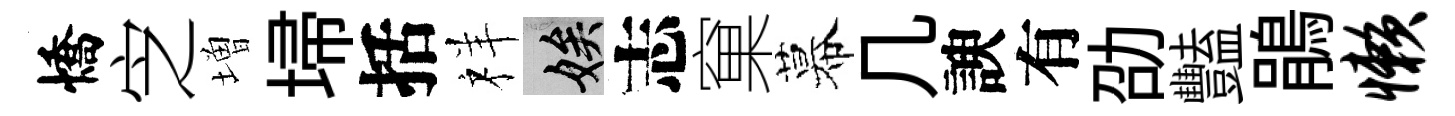
憍㝎増埽括祥娭志窠幕几諛有劭豔鵑懒